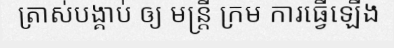
ត្រាស់បង្គាប់ ឲ្យ មន្ត្រី ក្រម ការធ្វើឡើង